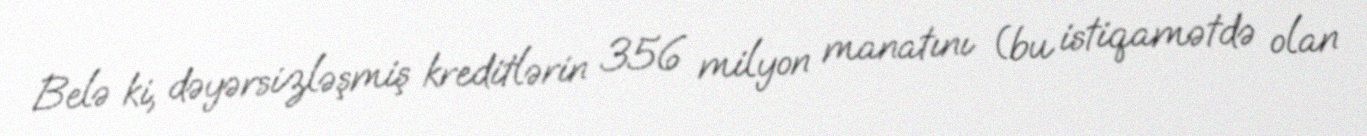
Belə ki, dəyərsizləşmiş kreditlərin 356 milyon manatını (bu istiqamətdə olan